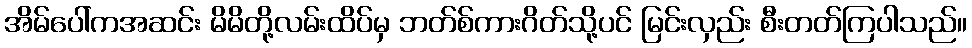
အိမ်ပေါ်ကအဆင်း မိမိတို့လမ်းထိပ်မှ ဘတ်စ်ကားဂိတ်သို့ပင် မြင်းလှည်း စီးတတ်ကြပါသည်။